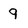
Character: 9